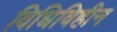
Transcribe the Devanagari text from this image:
विधिविहीन